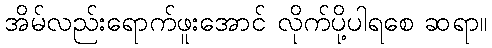
အိမ်လည်းရောက်ဖူးအောင် လိုက်ပို့ပါရစေ ဆရာ။